Civil Veterinary Department Bihar & Orissa reports 1929-36 - 1929-1936
Year: 1929
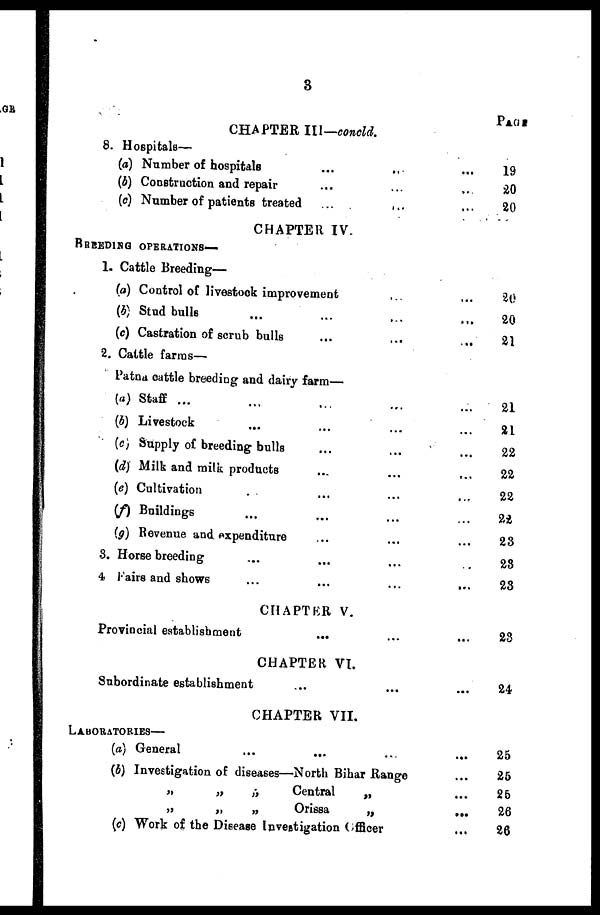
3
CHAPTER III— conold.
8. Hospitals—
(a) Number of hospitals ... ... ...
(b) Construction and repair ... ... ...
(c) Number of patients treated ...
...
...
CHAPTER IV.
BREEDING OPERATIONS—
1. Cattle Breeding—
(a) Control of livestock improvement ... ...
(b) Stud bulls ... ... ...
(c) Castration of scrub bulls ... ... ...
2. Cattle farms—
Patna cattle breeding and dairy farm—
(a) Staff ... ... ... ... ...
(b) Livestock ... ... ... ...
(c) Supply of breeding bulls ... ... ...
(d) Milk and milk products ... ... ...
(e) Cultivation ... ... ... ...
(f) Buildings ... ... ... ...
(g) Revenue and. expenditure ... ... ...
3. Horse breeding ... ... ... ...
4 Fairs and shows
...
...
...
...
CHAPTER V.
Provincial establishment ... ... ...
CHAPTER VI.
Subordinate establishment ... ... ...
CHAPTER VII.
LABORATORIES—
(a) General
...
...
...
...
(b) Investigation of diseases—North Bihar Range ...
„
„
„
Central „ ...
„
„
„
Orissa
„
...
(c) Work of the Disease Investigation Officer ...
PAGE
19
20
20
20
20
21
21
21
22
22
22
22
23
28
23
23
24
25
25
25
26
26